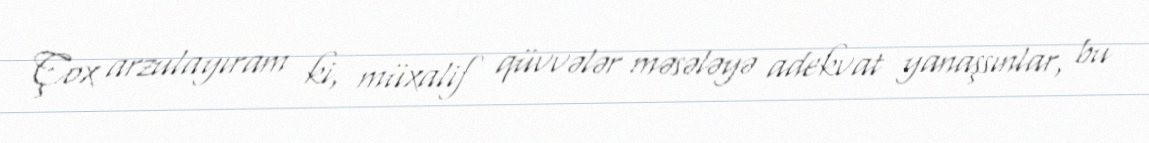
Çox arzulayıram ki, müxalif qüvvələr məsələyə adekvat yanaşsınlar, bu